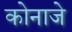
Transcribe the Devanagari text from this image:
कोनाजे